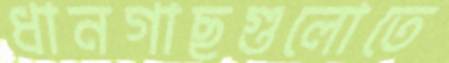
ধানগাছগুলোতে